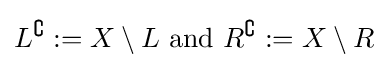
L^{\complement }:=X\setminus L{\text{ and }}R^{\complement }:=X\setminus R